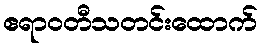
ဧရာဝတီသတင်းထောက်